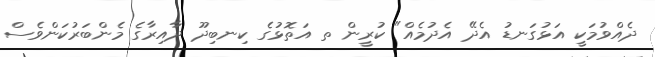
ދެއްވުމަކީ އަޅުގަނޑު އެދޭ އެދުމެއް" ކުރީން ތ އަތޮޅުގެ ކިނބިދޫ ދާއިރާގެ މެންބަރުކަންވެސް